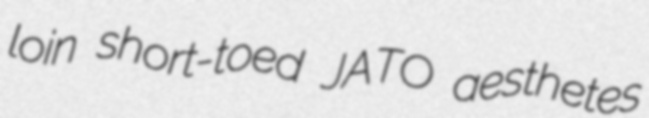
loin short-toed JATO aesthetes